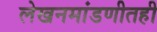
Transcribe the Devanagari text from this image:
लेखनमांडणीतही